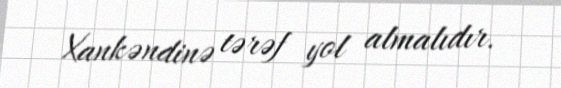
Xankəndinə tərəf yol almalıdır.